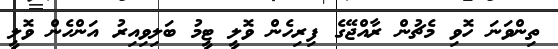
ތިންވަނަ ހޮވި މެޗުން ރާއްޖޭގެ ފިރިހެން ވޮލީ ޓީމު ބަލިވިއިރު އަންހެން ވޮލީ